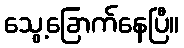
သွေ့ခြောက်နေပြီ။